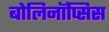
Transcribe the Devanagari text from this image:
बोलिनॉप्सिस